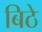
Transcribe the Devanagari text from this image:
बिठे